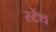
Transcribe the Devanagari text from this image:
स्‍टेंथ